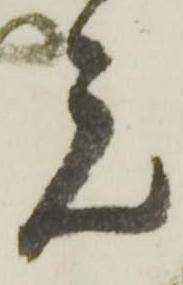
元